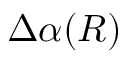
\Delta \alpha ( R )